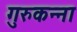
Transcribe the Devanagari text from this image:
गुरुकन्ना